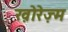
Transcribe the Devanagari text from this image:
ख़ोरेज़्म